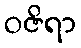
ဝဇိရာ